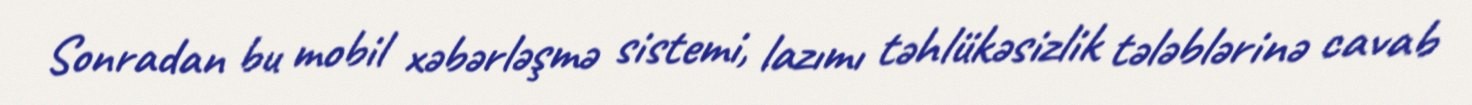
Sonradan bu mobil xəbərləşmə sistemi, lazımı təhlükəsizlik tələblərinə cavab